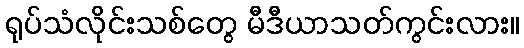
ရုပ်သံလိုင်းသစ်တွေ မီဒီယာသတ်ကွင်းလား။